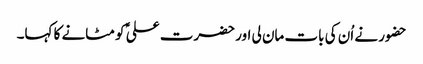
حضور نے اُن کی بات مان لی اور حضرت علی ؑ کو مٹانے کا کہا۔